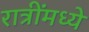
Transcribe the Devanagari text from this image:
रात्रींमध्ये